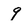
Character: 9